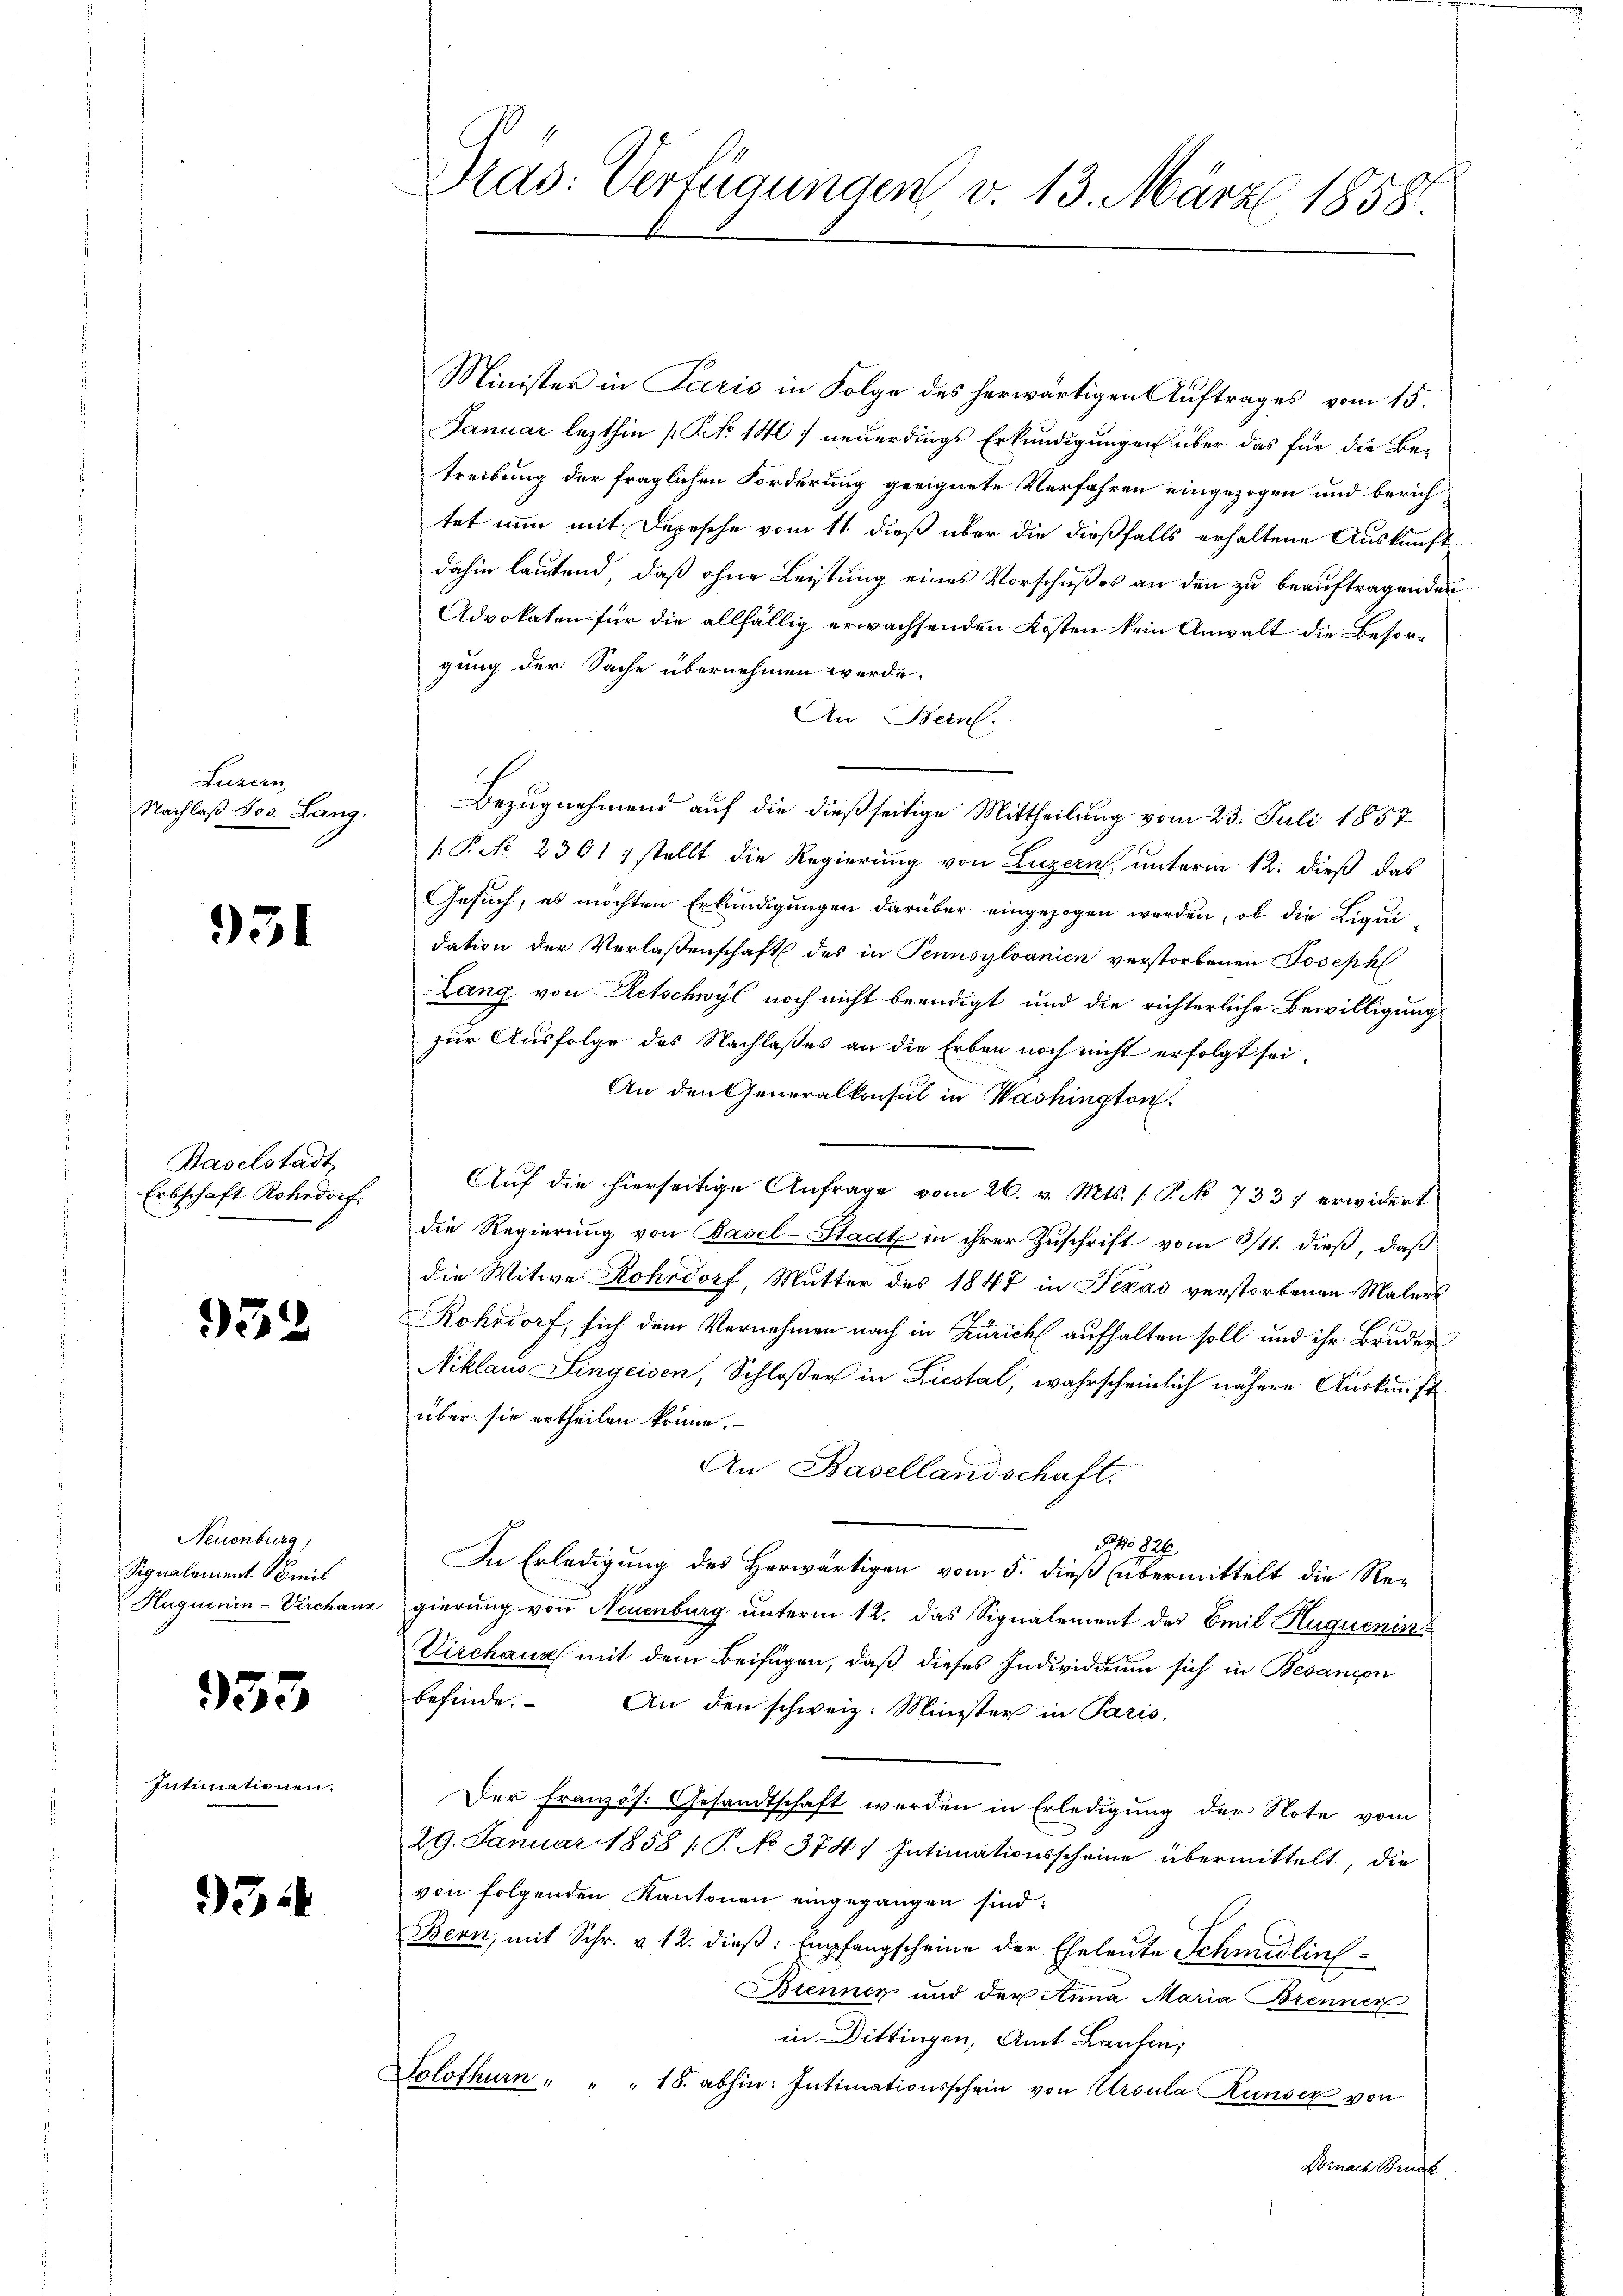
Luzern
Nachlaß Jos. Lang.

951

Baselstadt
Erbschaft Rohedorf.

972

Neuenburg,
Signalement mit
Huguenin-Virchanz

953

Intimationen.

93

Minister in Paris in Folge des herwärtigen Auftrages vom 15.
Januar lezthin (S. 140) neuerdings Erkundigungen über das für die Be-
treibung der fraglichen Forderung geeignete Verfahren eingezogen und berichtet nun mit Depesche vom 11. dieß über die dießfalls erhaltene Auskunft
dahin lautend, daß ohne Leistung eines Vorschußes an den zu beauftragenden
Advokaten für die allfällig erwachsenden Kosten kein Anwalt die Besorgung der Sache übernehmen werde.
An Bern.
Bezugnehmend auf die dießseitige Mittheilung vom 25. Juli 1857
P. No 2301 1 stellt die Regierung von Luzern, unterm 12. dieß das
Gesuch, es möchten Erkundigungen darüber eingezogen werden, ob die Liqui
dation der Verlaßenschaft des in Tennsylvanien verstorbenen Joseph
Lang von Retschwyl noch nicht beendigt und die richterliche Bewilligung
zur Ausfolge des Nachlaßes an die Erben noch nicht erfolgt sei.
An den Generalkonsul in Washington.
Auf die hierseitige Anfrage vom 26. v. Mts. (T. No 733 erwidert
die Regierung von Basel-Stadt in ihrer Zuschrift vom 3/11. dieß, daß
die Witwe Rohrdorf, Mutter des 1847 in Texas verstorbenen Malers
Rohsdorf, sich dem Vernehmen nach in Zürich aufhalten soll und ihr Bruder
Niklaus Singeisen, Schloßer in Liestal, wahrscheinlich nähere Auskunft
über sie ertheilen könne.
An Basellandschaft.
PNo 826
In Erledigung des Herwärtigen vom 5. dieß übermittelt die Re-
gierung von Neuenburg unterm 12. das Signalement des Emil Huquenin
Virchaus mit dem Beifügen, daß dieses Individuum sich in Besancon
befinde. An den schweiz. Minister in Paris,
Der Französ. Gesandtschaft werden in Erledigung der Note vom
29. Januar 1858 (T. No 374, Intimationsscheine übermittelt, die
von folgenden Kantonen eingegangen sind:
Bern, mit Schr. v. 12. dieß: Empfangscheine der Eheleute Schmidlins¬
Brennen und der Anna Maria Brennen
in Dittingen, Amt Laufen;
Solothurn " " " 18. abhin. Intimationsschein von Ursula Runser von
Dornach Bruck

Dras: Verfügungen v. 13. März 1858.